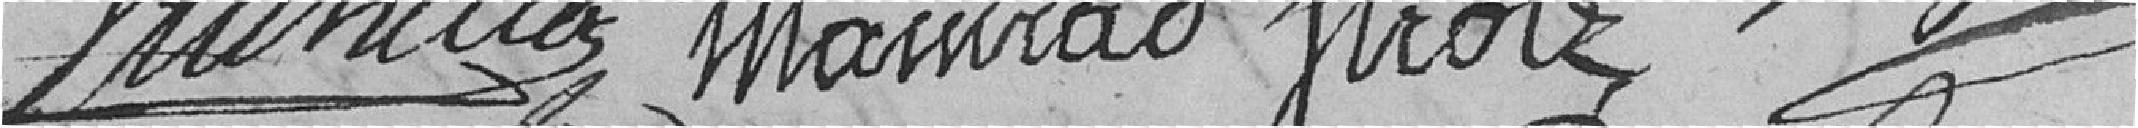
V Tuhillez Mainrad Strolz